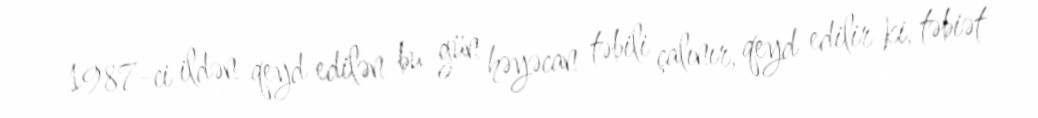
1987-ci ildən qeyd edilən bu gün həyəcan təbili çalınır, qeyd edilir ki, təbiət